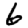
Digit: 6